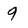
Character: 9